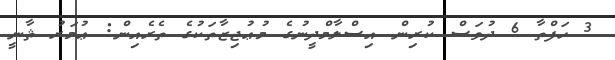
3 ހަފްތާ 6 ދުވަސް ކުރިން އިސްލާމްދީނުގެ މުޢުޖިޒާތަކުގެ ތެރެއިން: ޢުމަރު ޘާާނީ